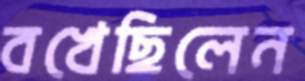
বখেছিলেন